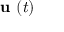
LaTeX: { \textbf { u } } ( t )